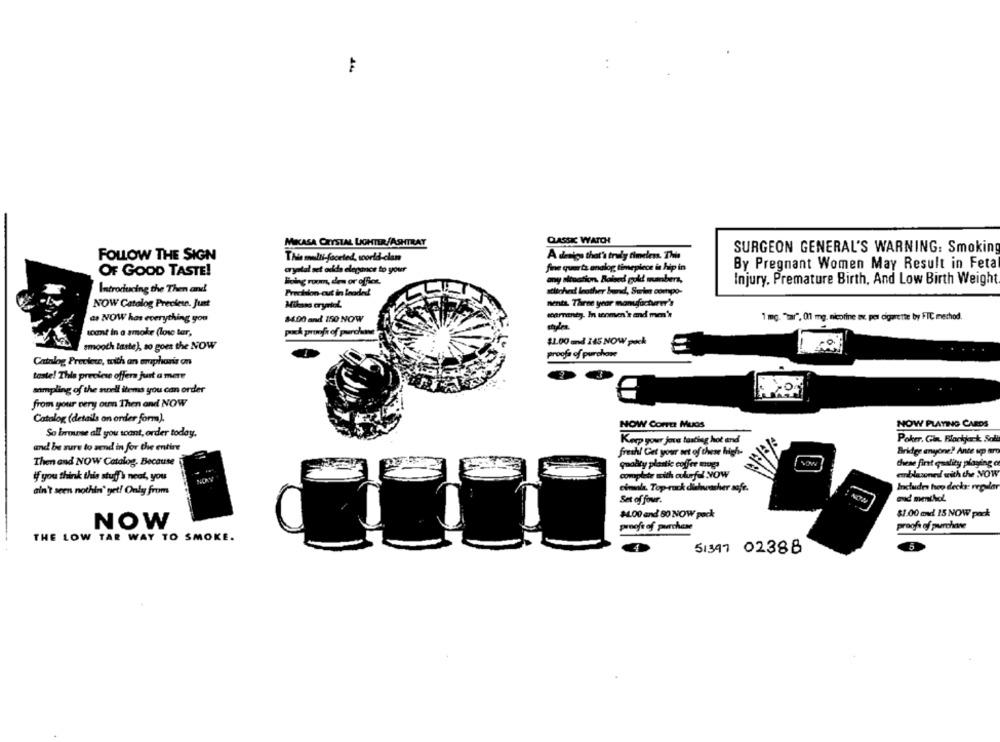
MIKASA CRYSTAL LIGHTER/ASHTRAY
CLASSIC WATCH
SURGEON GENERAL'S WARNING: Smoking
FOLLOW THE SIGN
This multi-faceted, world-clam
A design that's truly timeless. This
fine quarta analog timepiece in hip in
By Pregnant Women May Result in Fetal
OF GOOD TASTE!
aryatal set odds elegance to your
Biolog room, den or office.
any situation, Raised gold mumbers,
Injury. Premature Birth, And Low Birth Weight
Introducing the Then and
Frechdon cut in loaded
stitched leather bund, Surles compo-
NOW Catolog Preekese. Just
Mikasa cryrtel.
nenta. Three year manufacturer's
as NOW has everything you
84.00 and 150 NOW
franty. In women's and men's
1 mg. "tar", 01 mg. nicotine av. pes cigarette by FTC method.
toant In a smoke (los ter,
puck proof of purchase
$1.00 må 145 NOW pock
smooth taste), so goes the NOW
proofs of purchase
Catalog Preclewe, with an emphasis on
taste! This precies offer just a mere
sampling of the noell items you can order
from your very oun Then and NOW
Catalog (details on order form).
NOW COFFEE MUGS
NOW PLAYING CARDS
So browse all you want, order today,
Keep your joue tasting hot and
Poker. Gin. Blackjack Soll
and be sure to send in for the entire
fresh! Get your set of these high-
Bridge anyone? Ante upp aro
Then and NOW Catalog, Because
quality plastic coffee mugs
chiese first quality playing of
complete with oukurfel NOW
cablesoned with the NOW
if you think this stuff's neat, you
cimala. Top-ruck dishwasher safe.
Includes heo decks: regular
ain't seen nothin' get! Only from
Ses of four.
$4.00 and 80 NOW pack
$1.00 med 15 NOW pack
NOW
proof of purchase
proof of purchase
THE LOW TAR WAY TO SMOKE.
5
51347 02388